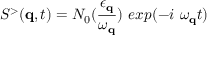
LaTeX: S ^ { > } ( { \bf { q } } , t ) = N _ { 0 } ( \frac { \epsilon _ { { \bf { q } } } } { \omega _ { { \bf { q } } } } ) \mathrm { ~ } e x p ( - i \mathrm { ~ } \omega _ { { \bf { q } } } t )